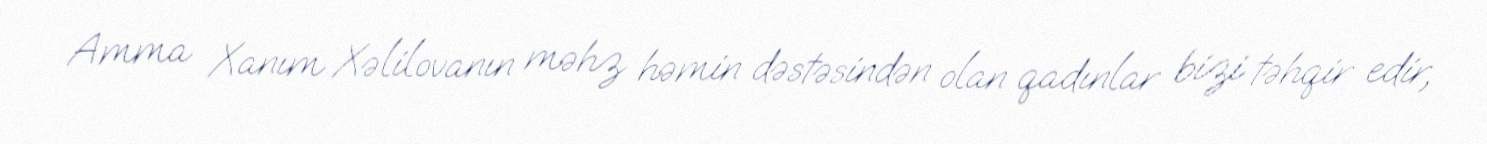
Amma Xanım Xəlilovanın məhz həmin dəstəsindən olan qadınlar bizi təhqir edir,